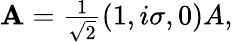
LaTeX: \begin{array}{r}{{\mathbf A}=\frac{1}{\sqrt{2}}(1,i\sigma,0)A,}\end{array}